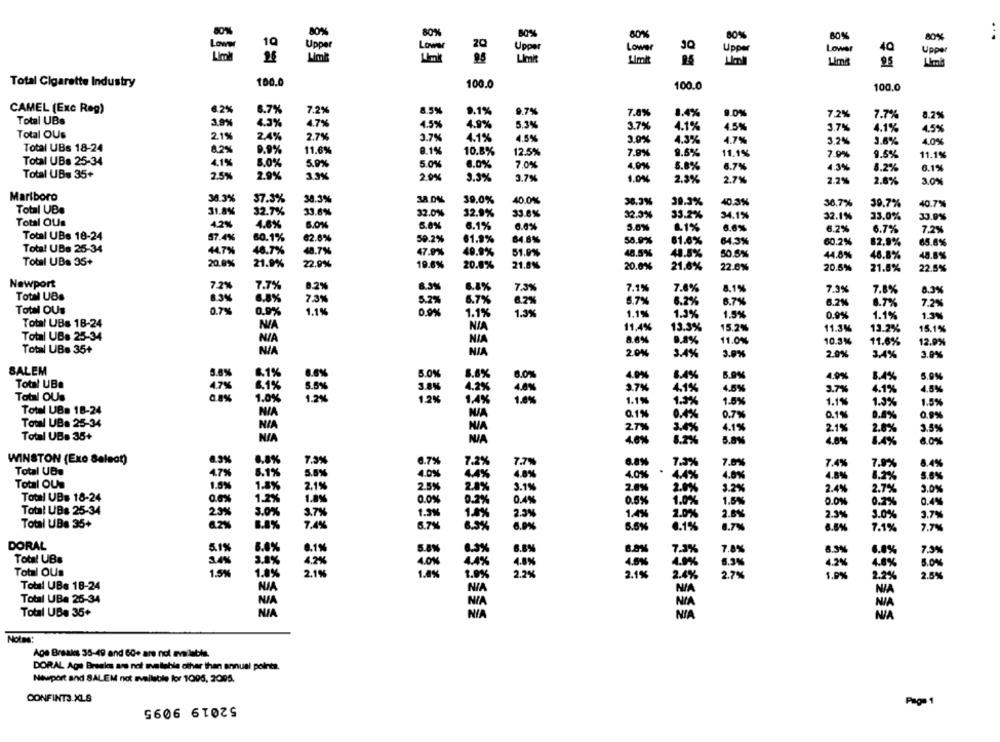
80%
BO%
80%
80%
80%
2Q
Lower
Lower
Upper
Lower
Upper
Lower
40
Upper
Simit
Total Cigarette Industry
100.0
100.0
100.0
100.0
CAMEL (Exc Reg)
€2%
8.7%
7.2%
8.5%
9.1%
9.7%
7.8%
1.4%
9.0%
7.2%
7.7%
8.2%
Total UBs
3.9%
.3%
4.7%
4.5%
4.9%
5.3%
3.7%
4.1%
4.5%
3.7%
Total OUs
4.1%
4.5%
2.1%
2.4%
2.7%
3.7%
4.1%
45%
3.0%
4.3%
4.7%
3.2%
3.6%
4.0%
Total UBs 18-24
8.2%
9.9%
11.6%
9.1%
10.8%
12.5%
7.9%
9.6%
11.1%
7.0%
9.5%
11.1%
Total UBs 25-34
4.1%
8.0%
5.9%
5 0%
6.0%
7.0%
4.0%
5.8%
6.7%
4.3%
8.2%
0.1%
Total UBs 35+
2.5%
2.9%
3.3%
20%
3.3%
3.7%
1.0%
2.3%
2.7%
2.2%
2.6%
3.0%
Marlboro
30.3%
38.3%
39.0%
40.04
38.3%
37.3%
30.3%
40.3%
36.7%
30.7%
40.7%
Total UBe
31.8%
32.7%
33.6%
32.0%
32.9%
33.8%
32.3%
33.2%
34.1%
32.1%
33.0%
33.9%
Total OUs
4.2%
4.8%
6.0%
5.0%
6.1%
6.6%
5.0%
1.1%
6.6%
6.2%
6.7%
7.2%
Total UBs 18-24
57.4%
62.6%
80.1%
59.2%
61.9%
64.8%%
58.9%
61.6%
64.3%
60.2%
82.9%
65.6%
Total UBs 25-34
4.7%
46.7%
48.7%
47.9%
49.9%
51.0%
48.5%
48.5%
50.5%
44.8%
48.8%
48.8%
Total UBs 35+
20.0%
21.9%
22.9%
19.6%
20.0%
21.8%
20.0%
21,6%
22.6%
20.5%
21.5%
22.5%
Newport
7.2%
7.7%
8.2%
8.9%
6.8%
7.3%
7.1%
7.8%
8.1%
7.3%
7.8%
8.3%
Total UBs
8.3%
5.2%
5.7%
8.2%
6.7%
6.2%
6.7%
6.2%
8.7%
7,2%
Total OUs
0.7%
1.1%
0.9%
0.9%
1.1%
1.3%
1.1%
1.3%
1.5%
0.9%
1.1%
1.3%
Total UBs 18-24
NIA
11,4%
13.3%
15.2%
11.3%
13.2%
15.1%
Total UBa 25-34
NIA
8.6%
0.8%
11.0%
10.3%
11.6%
12.9%
Total UBs 35+
NIA
2.0%
3.4%
3.9%
2.9%
3.4%
3.0%
SALEM
5.0%
8.4%
4.0%
8.4%
6.9%
4.9%
8.4%
5.9%
Total UB.
4.7%
3.AN
4.2%
2.7%
4.1%
4.5%
3.7%
4.1%
4.5%
Total OUs
.0%
1.2%
1.1%
1.5%
1.5%
555
1.1%
1.0%
Total UBa 18-24
0.1%
*%
0.7%
0.1%
0.8%
0,9%
Total UB. 25-34
2.7%
3.4%
4.1%
2.1%
2.8%
3.5%
Total UB. 35+
4.6%
4.8%
8.4%
6.0%
WINSTON (Exo Saleat)
8.9%
7.9%
6.79
7.29
8.8%
7.5%
7.0%
7.4%
7.9%
8.4%
Total UB.
4.7%
6.1%
4.0%
1.0%
5.8%
4.0%
4.99
4.8%
8.2%
Total OUs
1.9%
1.89
2,1%
2.5%
3.1%
2.0%
2.0%
3.2%
2.7%
3.0%
Total UB# 18-24
2.4%
0.6%
0.0%
0.4%
0.5%
1.09
1.5%
0.0%
0.2%
0.4%
Total UBs 25-34
3.7%
3.7%
2.9%
3.09
1.5
2.3%
1.4%
2.07
2.6%
2.99
3.0%
Total UBs 35+
1.4%
6.7%
8.6%
0.1%
8.5%
7.1%
7.7%
DORAL
5.19
1.1%
7.3%
7.8%
5.5%
8.5%
6.0%
7.9%
Total UBs
3.4%
2%
4.5%
4.6%
4.0%
6.0%
Total OUs
4.0%
4.2%
1.5%
1.8%
2.1%
1.4%
2.29
2.1%
2.79
1.9%
2.2%
2.6%
Total UBs 18-24
Total UBa 25-34
NJA
Total UBe 35+
NIA
Notes:
Age Breaks 35-49 and 60+ are not available.
DORAL Aga Breales are not aveteble other than annual points.
Newport and SALEM not available for 1006, 2005.
CONFINTS.XLS
52019 9095
Page 1